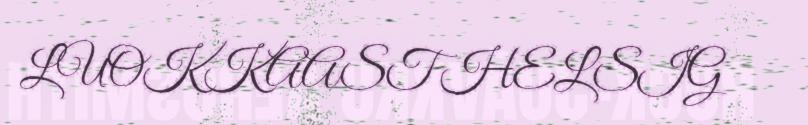
LUOKKAAST HELSIG